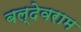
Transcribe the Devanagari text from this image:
बल्देवराम